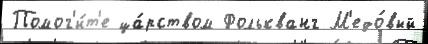
Помог'и́т'е ца́рством Фолькванг М'едо́вый